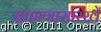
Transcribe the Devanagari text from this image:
ब्राह्मणासारखें